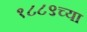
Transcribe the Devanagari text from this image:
१८८९च्या